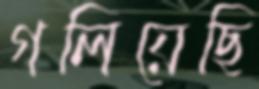
গলিয়েছি